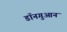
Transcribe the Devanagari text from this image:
डॉनगुआन